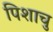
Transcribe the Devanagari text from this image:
पिशाचु